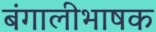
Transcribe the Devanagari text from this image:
बंगालीभाषक